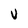
Character: v